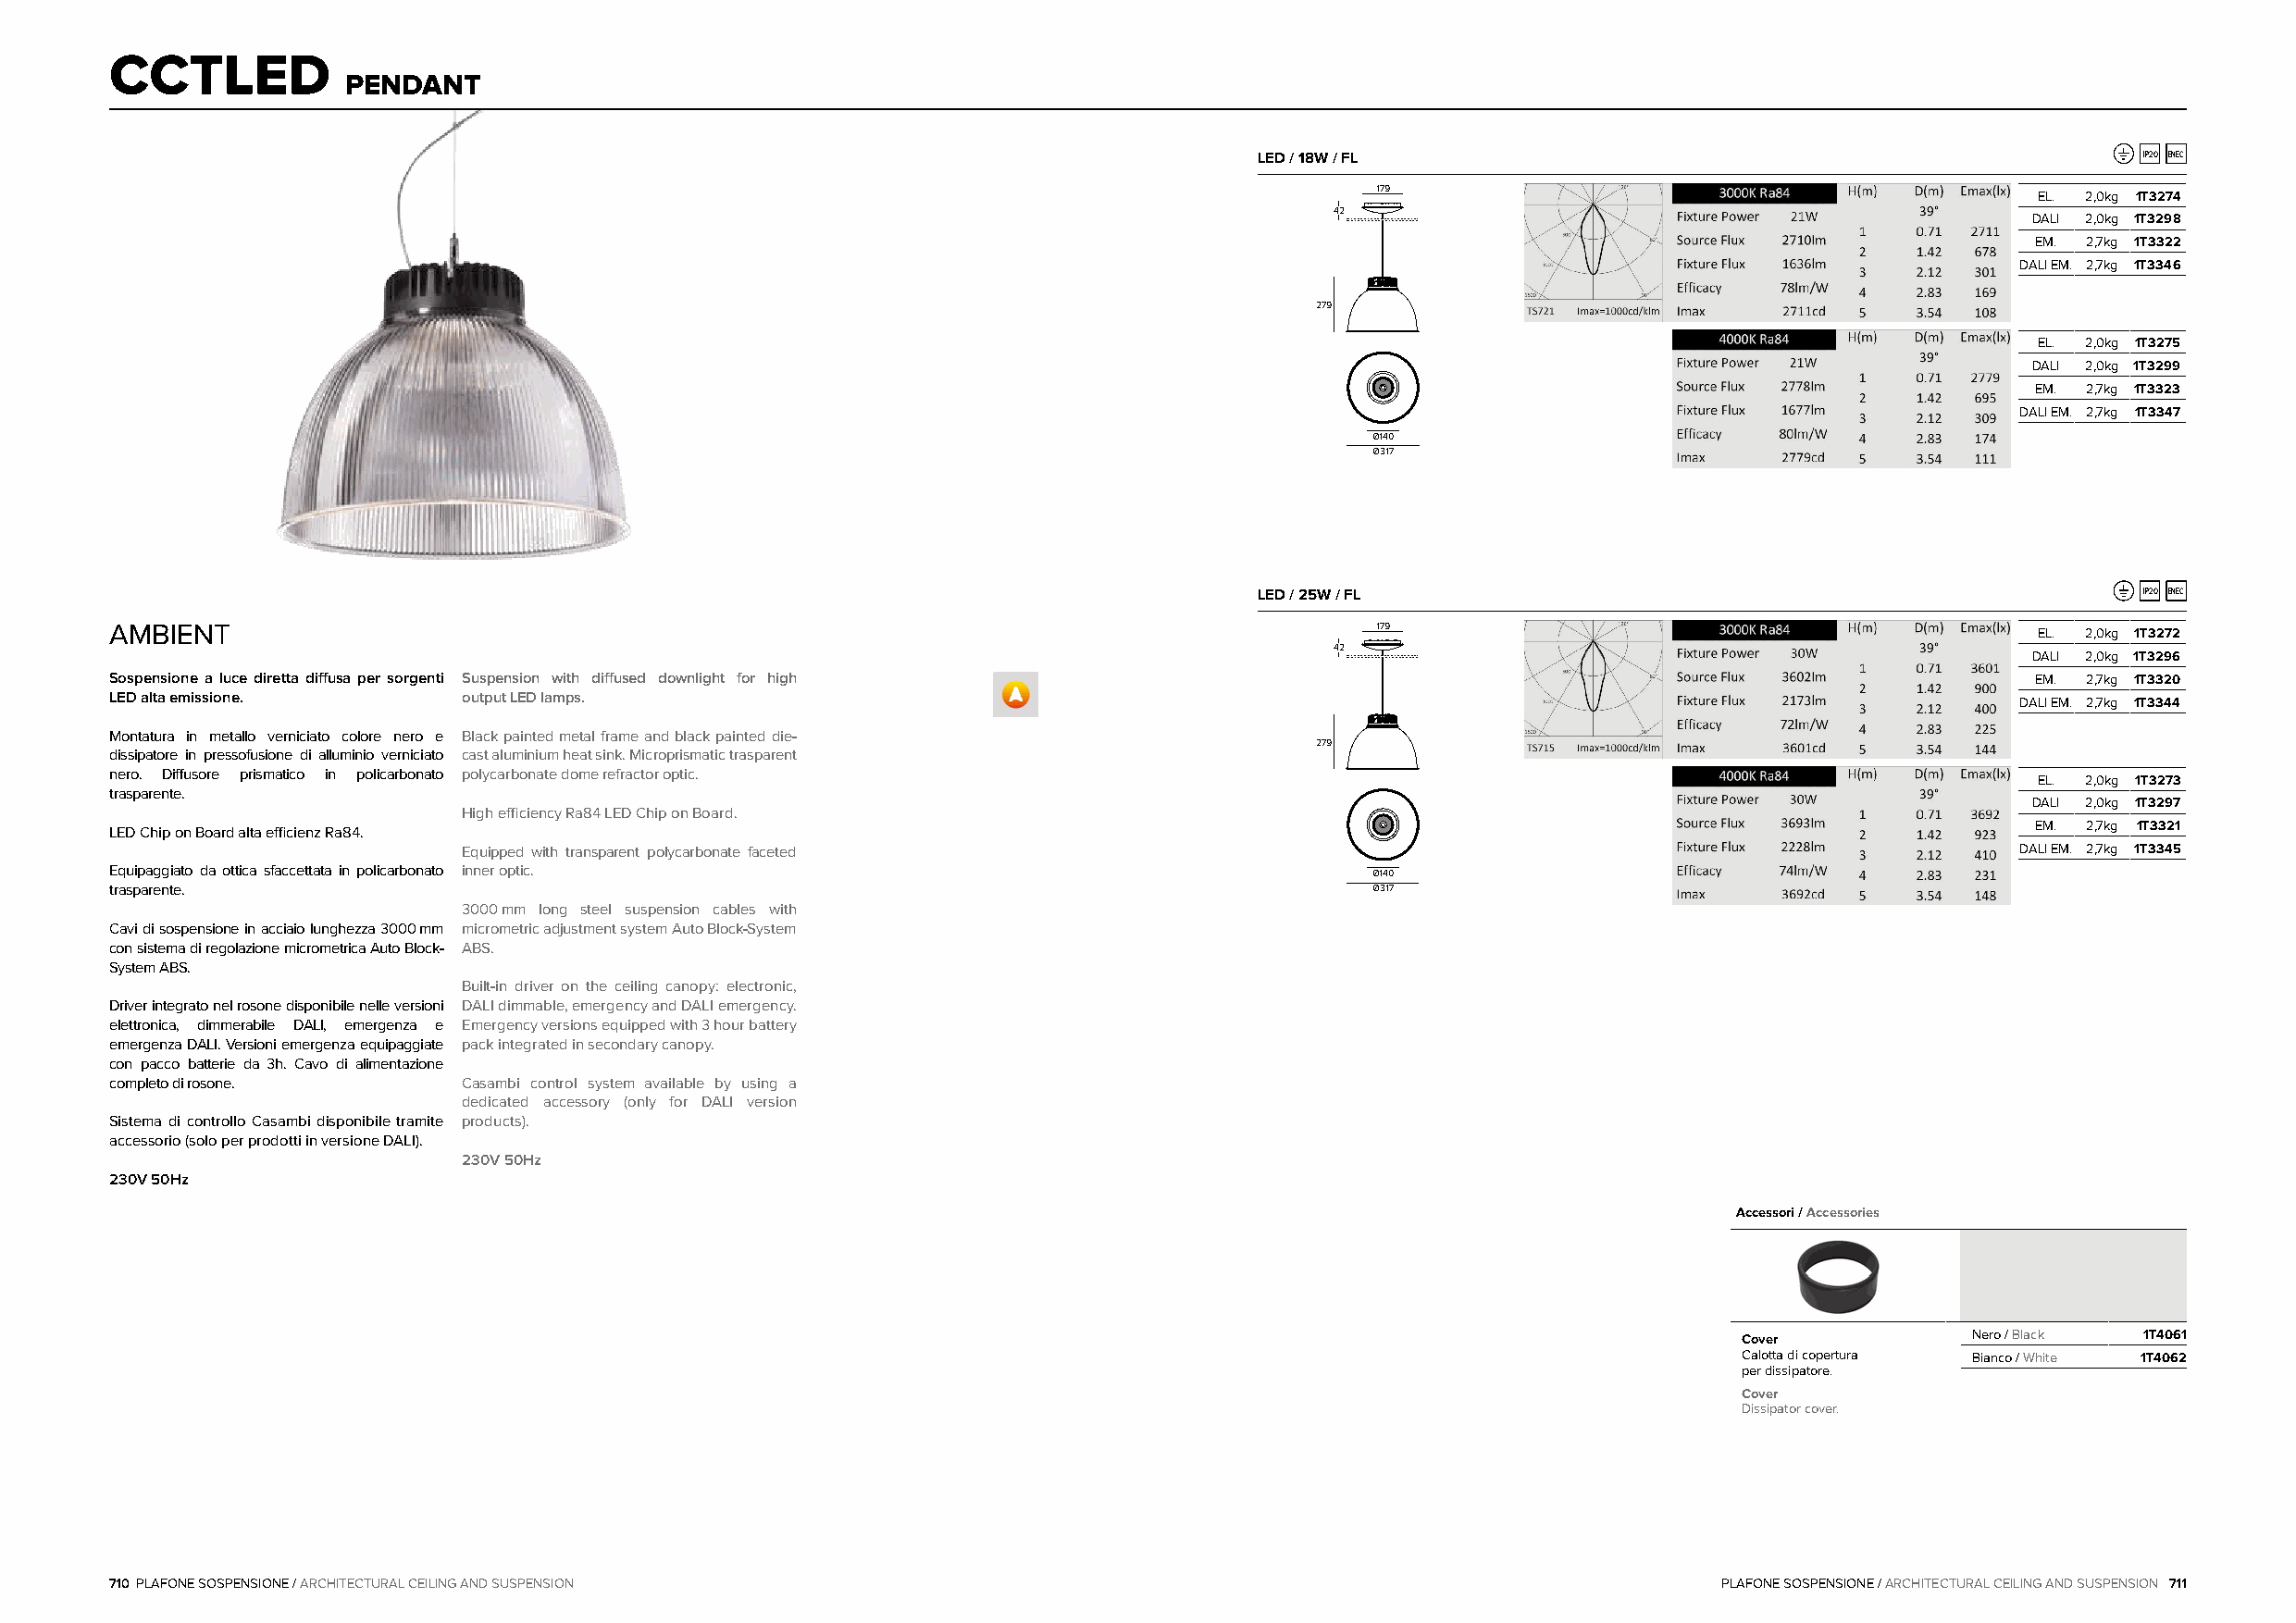
CCTLED
 PENDANT
 LED / 18W / FL                                                 IP20 ENEC
 179
 EL. 2,0kg 1T3274
 42
 DALI 2,0kg 1T3298
 EM. 2,7kg 1T3322
 DALI EM. 2,7kg 1T3346
 279
 EL. 2,0kg 1T3275
 DALI 2,0kg 1T3299
 EM. 2,7kg 1T3323
 DALI EM. 2,7kg 1T3347
 Ø140
 Ø317
 LED / 25W / FL                                                 IP20 ENEC
 AMBIENT                                                                                   179                                             EL. 2,0kg 1T3272
 42
 DALI 2,0kg 1T3296
 Sospensione a luce diretta diffusa per sorgenti Suspension with diffused downlight for high                                               EM. 2,7kg 1T3320
 LED alta emissione.      output LED lamps.                                                                                              DALI EM. 2,7kg 1T3344
 Montatura in metallo verniciato colore nero e Black painted metal frame and black painted die-
 279
 dissipatore in pressofusione di alluminio verniciato cast aluminium heat sink. Microprismatic trasparent
 nero. Diffusore prismatico in policarbonato polycarbonate dome refractor optic.
 EL. 2,0kg 1T3273
 trasparente.
 DALI 2,0kg 1T3297
 High efficiency Ra84 LED Chip on Board.
 LED Chip on Board alta efficienz Ra84.                                                                                                    EM. 2,7kg 1T3321
 Equipped with transparent polycarbonate faceted                                                                DALI EM. 2,7kg 1T3345
 Equipaggiato da ottica sfaccettata in policarbonato inner optic.                          Ø140
 trasparente.                                                                              Ø317
 3000mm long steel suspension cables with
 Cavi di sospensione in acciaio lunghezza 3000mm micrometric adjustment system Auto Block-System
 con sistema di regolazione micrometrica Auto Block- ABS.
 System ABS.
 Built-in driver on the ceiling canopy: electronic,
 Driver integrato nel rosone disponibile nelle versioni DALI dimmable, emergency and DALI emergency.
 elettronica, dimmerabile DALI, emergenza e Emergency versions equipped with 3 hour battery
 emergenza DALI. Versioni emergenza equipaggiate pack integrated in secondary canopy.
 con pacco batterie da 3h. Cavo di alimentazione
 completo di rosone.      Casambi control system available by using a
 dedicated accessory (only for DALI version
 Sistema di controllo Casambi disponibile tramite products).
 accessorio (solo per prodotti in versione DALI).
 230V 50Hz
 230V 50Hz
 Accessori / Accessories
 Cover           Nero / Black 1T4061
 Calotta di copertura Bianco / White 1T4062
 per dissipatore.
 Cover
 Dissipator cover.
 710 PLAFONE SOSPENSIONE / ARCHITECTURAL CEILING AND SUSPENSION                                                     PLAFONE SOSPENSIONE / ARCHITECTURAL CEILING AND SUSPENSION 711